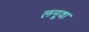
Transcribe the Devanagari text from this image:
लनूवा